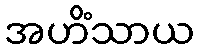
အဟိံသာယ